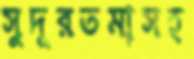
সুদূরতমাসহ